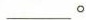
___。